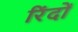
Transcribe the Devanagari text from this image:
रिंदों